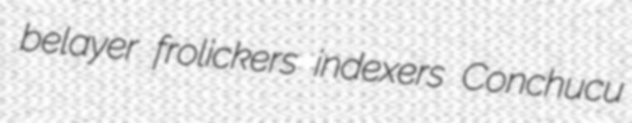
belayer frolickers indexers Conchucu